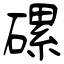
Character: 磥